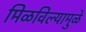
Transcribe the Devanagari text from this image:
मिळविल्यामुळे